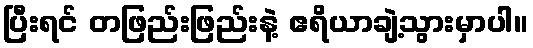
ပြီးရင် တဖြည်းဖြည်းနဲ့ ဧရိယာချဲ့သွားမှာပါ။